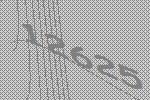
12625